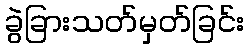
ခွဲခြားသတ်မှတ်ခြင်း